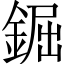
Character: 𨧱